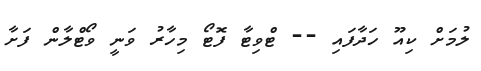
ލުމަށް ކިއޫ ހަދާފައި -- ޓްވިޓާ ފޮޓޯ މިހާރު ވަނީ ވޯޓްލާން ފަށާ